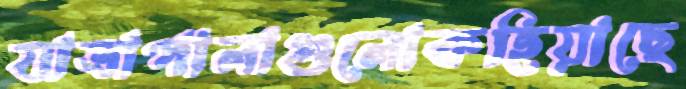
যাত্রাপালাগুলোকহিয়াছে